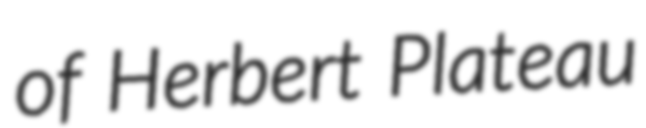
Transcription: of Herbert Plateau